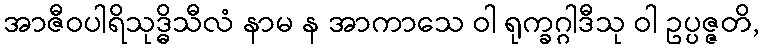
အာဇီဝပါရိသုဒ္ဓိသီလံ နာမ န အာကာသေ ဝါ ရုက္ခဂ္ဂါဒီသု ဝါ ဥပ္ပဇ္ဇတိ,